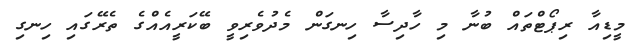
މީޑިއާ ރިޕޯޓްތައް ބުނާ މި ހާދިސާ ހިނގަން މެދުވެރިވީ ބޭކަރީއެއްގެ ތެރޭގައި ހިނގި